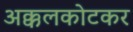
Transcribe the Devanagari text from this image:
अक्कलकोटकर